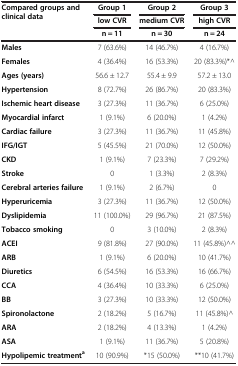
<table><thead><tr><td><b>Compared groups and clinical data</b></td><td><b>Group 1</b></td><td><b>Group 2</b></td><td><b>Group 3</b></td></tr><tr><td><b> </b></td><td><b>low CVR</b></td><td><b>medium CVR</b></td><td><b>high CVR</b></td></tr><tr><td><b> </b></td><td><b>n = 11</b></td><td><b>n = 30</b></td><td><b>n = 24</b></td></tr></thead><tbody><tr><td><b>Males</b></td><td>7 (63.6%)</td><td>14 (46.7%)</td><td>4 (16.7%)</td></tr><tr><td><b>Females</b></td><td>4 (36.4%)</td><td>16 (53.3%)</td><td>20 (83.3%)*^</td></tr><tr><td><b>Ages (years)</b></td><td>56.6 ± 12.7</td><td>55.4 ± 9.9</td><td>57.2 ± 13.0</td></tr><tr><td><b>Hypertension</b></td><td>8 (72.7%)</td><td>26 (86.7%)</td><td>20 (83.3%)</td></tr><tr><td><b>Ischemic heart disease</b></td><td>3 (27.3%)</td><td>11 (36.7%)</td><td>6 (25.0%)</td></tr><tr><td><b>Myocardial infarct</b></td><td>1 (9.1%)</td><td>6 (20.0%)</td><td>1 (4.2%)</td></tr><tr><td><b>Cardiac failure</b></td><td>3 (27.3%)</td><td>11 (36.7%)</td><td>11 (45.8%)</td></tr><tr><td><b>IFG/IGT</b></td><td>5 (45.5%)</td><td>21 (70.0%)</td><td>12 (50.0%)</td></tr><tr><td><b>CKD</b></td><td>1 (9.1%)</td><td>7 (23.3%)</td><td>7 (29.2%)</td></tr><tr><td><b>Stroke</b></td><td>0</td><td>1 (3.3%)</td><td>2 (8.3%)</td></tr><tr><td><b>Cerebral arteries failure</b></td><td>1 (9.1%)</td><td>2 (6.7%)</td><td>0</td></tr><tr><td><b>Hyperuricemia</b></td><td>3 (27.3%)</td><td>11 (36.7%)</td><td>12 (50.0%)</td></tr><tr><td><b>Dyslipidemia</b></td><td>11 (100.0%)</td><td>29 (96.7%)</td><td>21 (87.5%)</td></tr><tr><td><b>Tobacco smoking</b></td><td>0</td><td>3 (10.0%)</td><td>2 (8.3%)</td></tr><tr><td><b>ACEI</b></td><td>9 (81.8%)</td><td>27 (90.0%)</td><td>11 (45.8%)^^</td></tr><tr><td><b>ARB</b></td><td>1 (9.1%)</td><td>6 (20.0%)</td><td>10 (41.7%)</td></tr><tr><td><b>Diuretics</b></td><td>6 (54.5%)</td><td>16 (53.3%)</td><td>16 (66.7%)</td></tr><tr><td><b>CCA</b></td><td>4 (36.4%)</td><td>10 (33.3%)</td><td>6 (25.0%)</td></tr><tr><td><b>BB</b></td><td>3 (27.3%)</td><td>10 (33.3%)</td><td>12 (50.0%)</td></tr><tr><td><b>Spironolactone</b></td><td>2 (18.2%)</td><td>5 (16.7%)</td><td>11 (45.8%)^</td></tr><tr><td><b>ARA</b></td><td>2 (18.2%)</td><td>4 (13.3%)</td><td>1 (4.2%)</td></tr><tr><td><b>ASA</b></td><td>1 (9.1%)</td><td>11 (36.7%)</td><td>5 (20.8%)</td></tr><tr><td><b>Hypolipemic treatment</b><sup><b>a</b></sup></td><td>10 (90.9%)</td><td>*15 (50.0%)</td><td>**10 (41.7%)</td></tr></tbody></table>